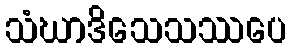
သံဃာဒိသေသဿပေ